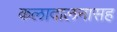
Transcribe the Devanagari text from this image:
कलादालनासह